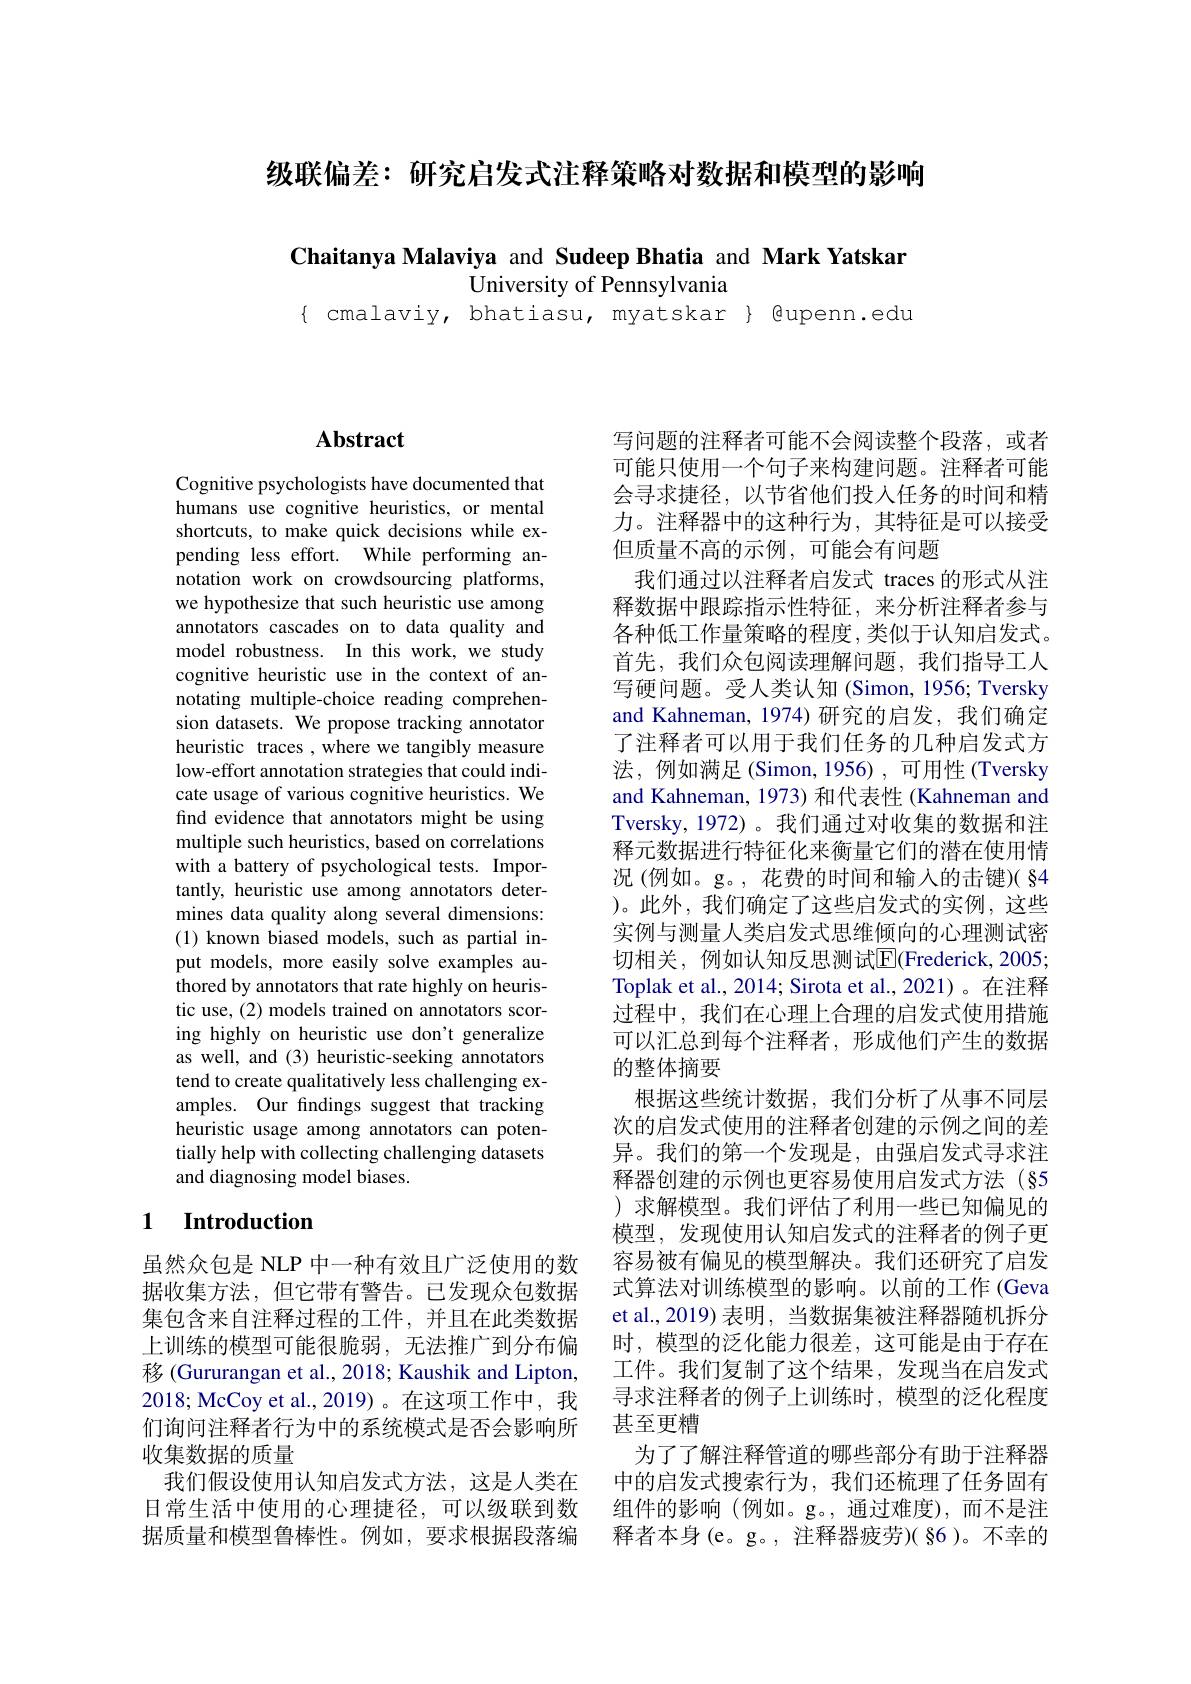
级联偏差：研究启发式注释策略对数据和模型的影响

Chaitanya Malaviya and Sudeep Bhatia and Mark Yatskar
University of Pennsylvania
$\{$ cmalaviy, bhatiasu, myatskar $\}$ @upenn.edu

## $\mathbf{Abstract}$

Cognitive psychologists have documented that humans use cognitive heuristics, or mental shortcuts, to make quick decisions while expending less effort. While performing annotation work on crowdsourcing platforms, we hypothesize that such heuristic use among annotators cascades on to data quality and model robustness. In this work, we study cognitive heuristic use in the context of annotating multiple-choice reading comprehension datasets. We propose tracking annotator heuristic traces , where we tangibly measure low-effort annotation strategies that could indicate usage of various cognitive heuristics. We find evidence that annotators might be using multiple such heuristics, based on correlations with a battery of psychological tests. Importantly, heuristic use among annotators determines data quality along several dimensions: (1) known biased models, such as partial input models, more easily solve examples authored by annotators that rate highly on heuristic use, (2) models trained on annotators scoring highly on heuristic use don't generalize as well, and (3) heuristic-seeking annotators tend to create qualitatively less challenging examples. Our fndings suggest that tracking heuristic usage among annotators can potentially help with collecting challenging datasets and diagnosing model biases.

### 1 $\textbf{Introduction}$

虽然众包是 NLP 中一种有效且广泛使用的数据收集方法，但它带有警告。已发现众包数据集包含来自注释过程的工件，并且在此类数据上训练的模型可能很脆弱，无法推广到分布偏移 (Gururangan et al., 2018; Kaushik and Lipton, 2018; McCoy et al.,2019)。在这项工作中，我们询问注释者行为中的系统模式是否会影响所收集数据的质量
我们假设使用认知启发式方法，这是人类在日常生活中使用的心理捷径，可以级联到数据质量和模型鲁棒性。例如，要求根据段落编

写问题的注释者可能不会阅读整个段落，或者可能只使用一个句子来构建问题。注释者可能会寻求捷径，以节省他们投入任务的时间和精力。注释器中的这种行为，其特征是可以接受但质量不高的示例，可能会有问题
我们通过以注释者启发式 traces 的形式从注释数据中跟踪指示性特征，来分析注释者参与各种低工作量策略的程度，类似于认知启发式。首先，我们众包阅读理解问题，我们指导工人写硬问题。受人类认知(Simon, 1956; Tversky and Kahneman, 1974)研究的启发，我们确定了注释者可以用于我们任务的几种启发式方法，例如满足(Simon,1956),可用性(Tversky and Kahneman, 1973) 和代表性 (Kahneman and Tversky,1972)。我们通过对收集的数据和注释元数据进行特征化来衡量它们的潜在使用情况(例如。g。,花费的时间和输入的击键)( §4 )。此外，我们确定了这些启发式的实例，这些实例与测量人类启发式思维倾向的心理测试密切相关，例如认知反思测试E|Frederick,2005; Toplak et al., 2014; Sirota et al., 2021)。在注释过程中，我们在心理上合理的启发式使用措施可以汇总到每个注释者，形成他们产生的数据的整体摘要
根据这些统计数据，我们分析了从事不同层次的启发式使用的注释者创建的示例之间的差异。我们的第一个发现是，由强启发式寻求注释器创建的示例也更容易使用启发式方法(§5 ) 求解模型。我们评估了利用一些已知偏见的模型，发现使用认知启发式的注释者的例子更容易被有偏见的模型解决。我们还研究了启发式算法对训练模型的影响。以前的工作 (Geva et al.,2019) 表明，当数据集被注释器随机拆分时，模型的泛化能力很差，这可能是由于存在工件。我们复制了这个结果，发现当在启发式寻求注释者的例子上训练时，模型的泛化程度甚至更糟
为了了解注释管道的哪些部分有助于注释器中的启发式搜索行为，我们还梳理了任务固有组件的影响(例如。g。,通过难度),而不是注释 者 本 身 ( e。g。, 注 释 器 疲 劳 ) ( § 6 ) 。不 幸 的